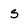
Character: S